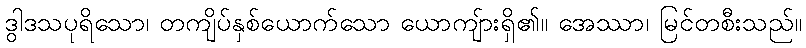
ဒွါဒသပုရိသော၊ တကျိပ်နှစ်ယောက်သော ယောကျ်ားရှိ၏။ အေဿာ၊ မြင်တစီးသည်။